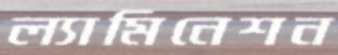
ল্যামিনেশন